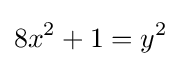
8x^{2}+1=y^{2}